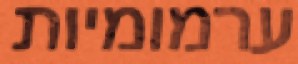
ערמומיות